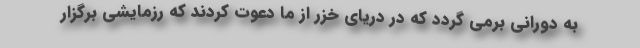
به دورانی برمی گردد که در دریای خزر از ما دعوت کردند که رزمایشی برگزار